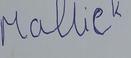
Signature authenticity: forged